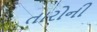
તારોની